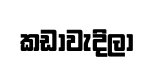
කඩාවැදිලා